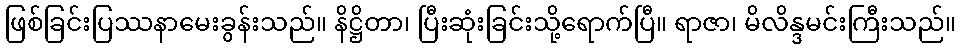
ဖြစ်ခြင်းပြဿနာမေးခွန်းသည်။ နိဋ္ဌိတာ၊ ပြီးဆုံးခြင်းသို့ရောက်ပြီ။ ရာဇာ၊ မိလိန္ဒမင်းကြီးသည်။